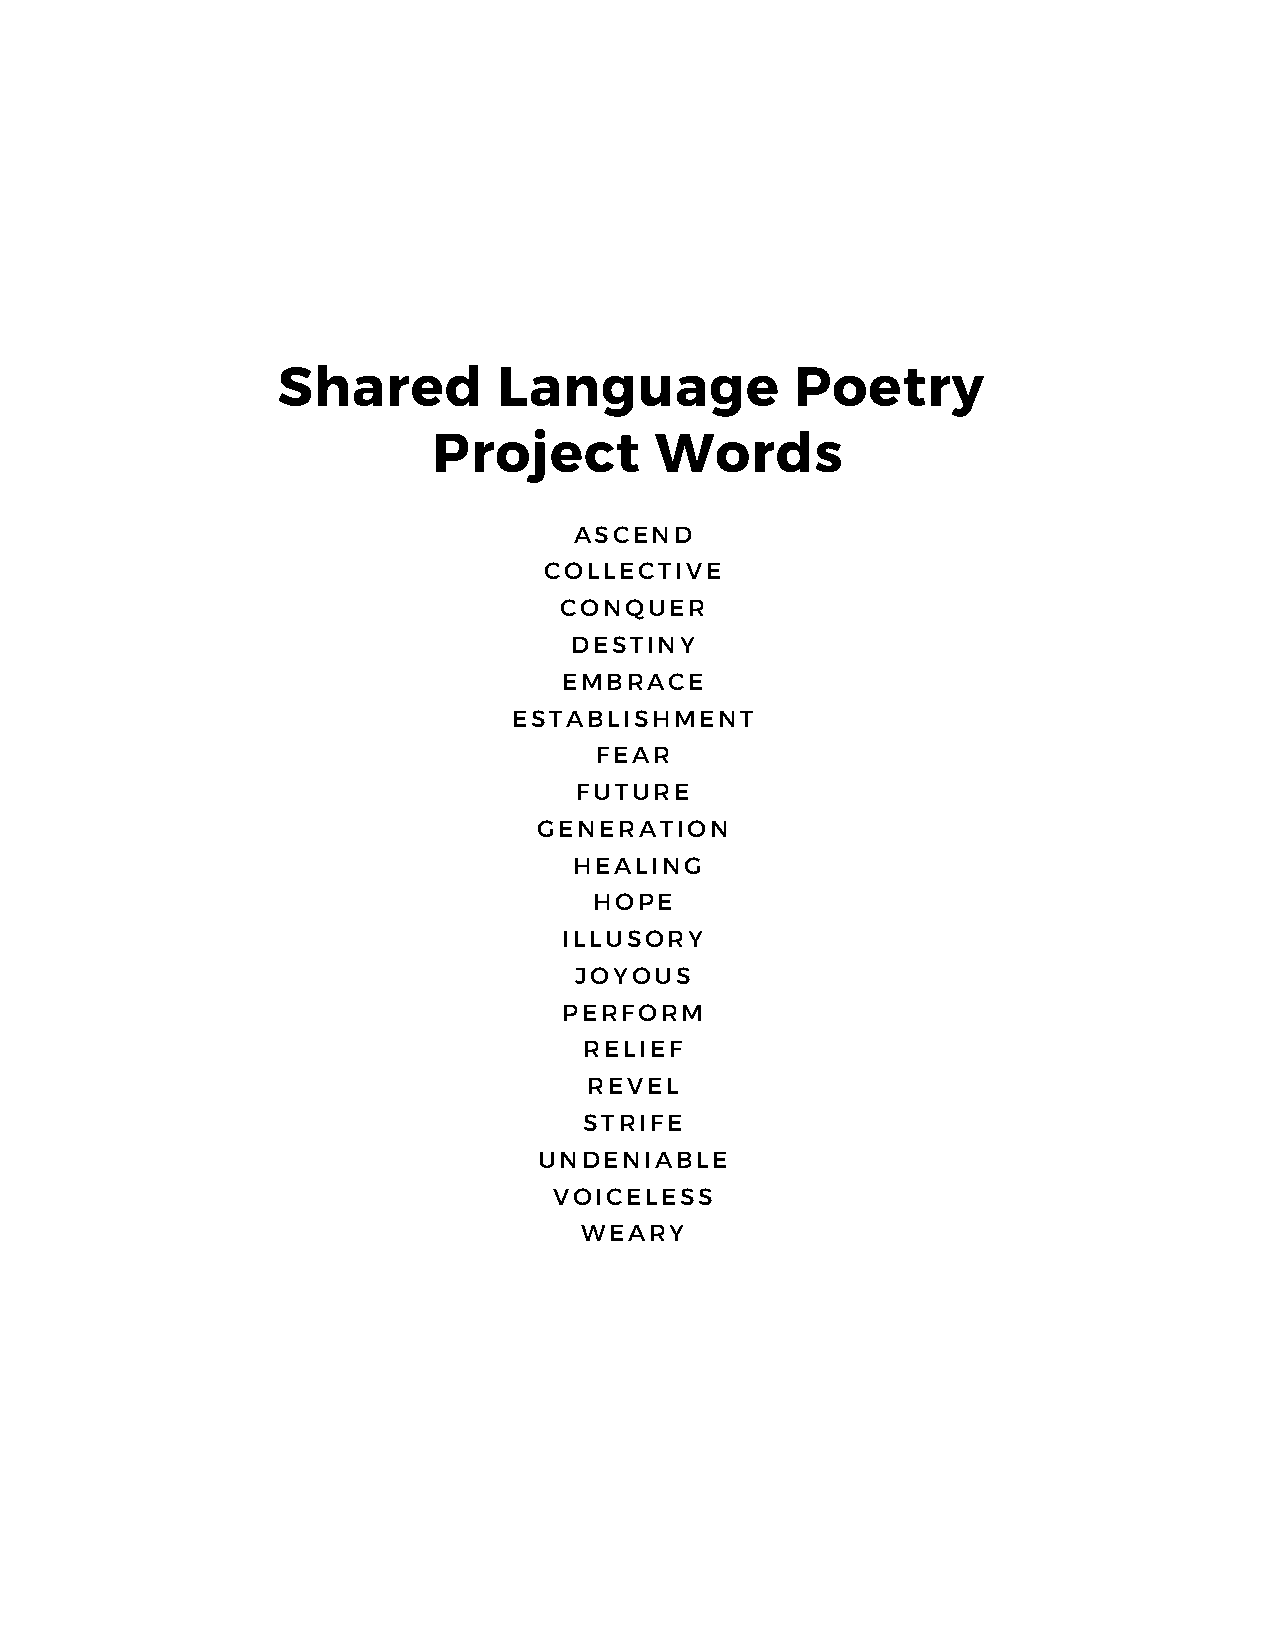
Shared         Language            Poetry
 Project       Words
 ASCEND
 COLLECTIVE
 CONQUER
 DESTINY
 EMBRACE
 ESTABLISHMENT
 FEAR
 FUTURE
 GENERATION
 HEALING
 HOPE
 ILLUSORY
 JOYOUS
 PERFORM
 RELIEF
 REVEL
 STRIFE
 UNDENIABLE
 VOICELESS
 WEARY